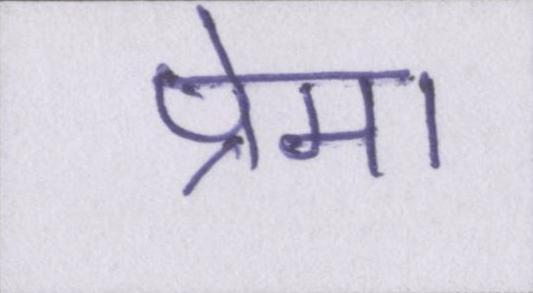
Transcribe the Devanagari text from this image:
प्रेमा